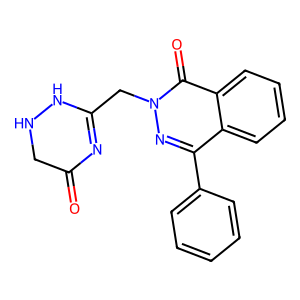
SMILES: O=C1CNNC(Cn2nc(-c3ccccc3)c3ccccc3c2=O)=N1
Inhibits HIV replication: No